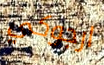
ارجوكي